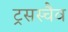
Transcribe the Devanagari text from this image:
ट्रसस्चैव